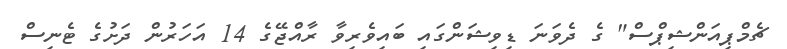
ޗެމްޕިއަންޝިޕްސް" ގެ ދެވަނަ ޑިވިޝަންގައި ބައިވެރިވާ ރާއްޖޭގެ 14 އަހަރުން ދަށުގެ ޓެނިސް